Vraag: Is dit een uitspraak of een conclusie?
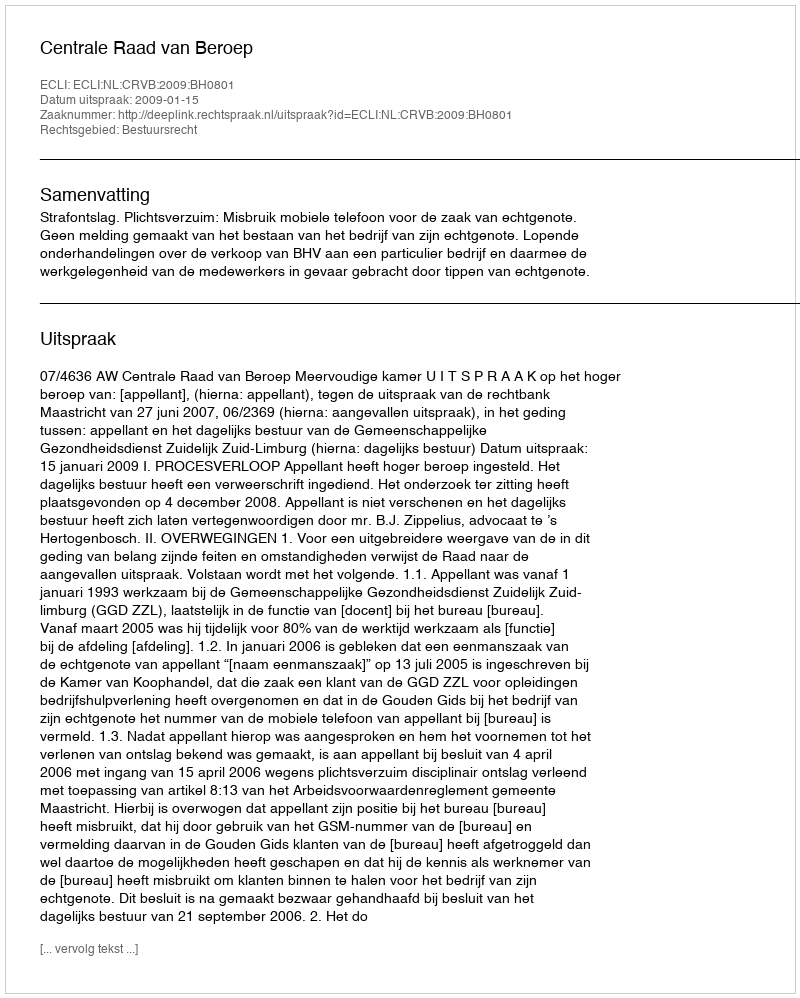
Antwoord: Uitspraak